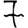
Digit: 7